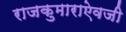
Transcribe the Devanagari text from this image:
राजकुमाराऐवजी